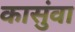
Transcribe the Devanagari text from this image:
कासुंवा